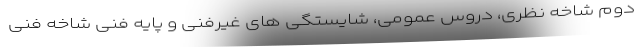
دوم شاخه نظری، دروس عمومی، شایستگی های غیرفنی و پایه فنی شاخه فنی